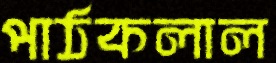
পাঠকলাল